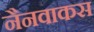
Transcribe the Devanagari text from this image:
नैनवाकस